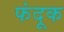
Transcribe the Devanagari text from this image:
फंदूक